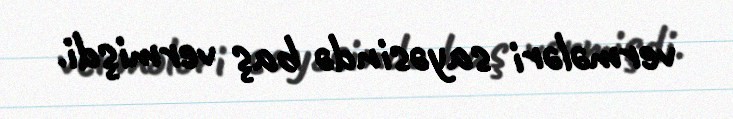
vermələri sayəsində baş vermişdi.